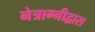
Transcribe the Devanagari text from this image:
नेत्राग्नीद्वारा